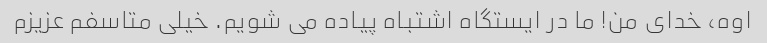
اوه، خدای من! ما در ایستگاه اشتباه پیاده می شویم. خیلی متاسفم عزیزم